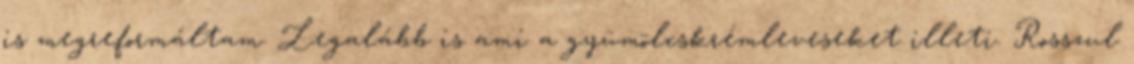
is megreformáltam. Legalább is ami a gyümölcskrémleveseket illeti. Rosszul